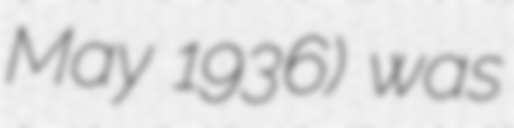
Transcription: May 1936) was